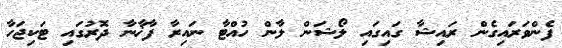
ފެންވަރައިގެން ރައިޝާ ގައިގައި ލޯޝަން ލާން ހުއްޓާ ނައިރާ ފާޚާނާ ދޮރުގައި ޓަކިޖަހާ